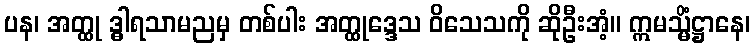
ပန၊ အတ္ထု ဒ္ဓါရသာမညမှ တစ်ပါး အတ္ထုဒ္ဒေသ ဝိသေသကို ဆိုဦးအံ့။ ဣမသ္မိံဋ္ဌာနေ၊